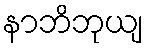
နာဘိဘုယျ